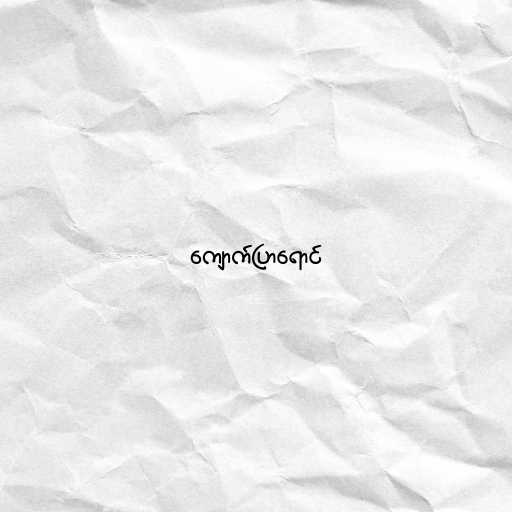
ကျောက်ပြာရောင်